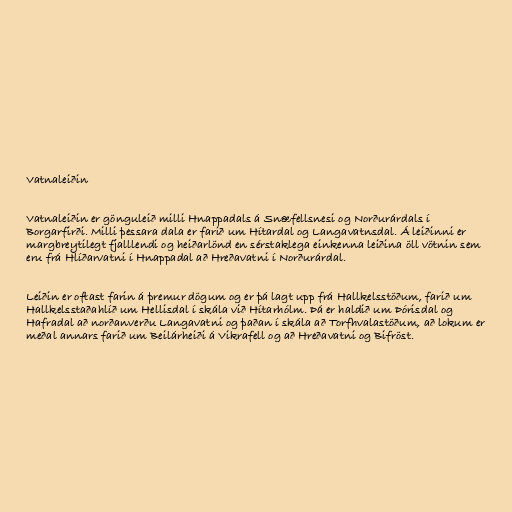
Vatnaleiðin

Vatnaleiðin er gönguleið milli Hnappadals á Snæfellsnesi og Norðurárdals í
Borgarfirði. Milli þessara dala er farið um Hítardal og Langa­vatnsdal. Á leiðinni er
margbreytilegt fjall­lendi og heiðarlönd en sérstaklega einkenna leiðina öll vötnin sem
eru frá Hlíðarvatni í Hnappadal að Hreðavatni í Norðurárdal.

Leiðin er oftast farin á þremur dögum og er þá lagt upp frá Hallkelsstöðum, farið um
Hallkelsstaðahlíð um Hellisdal í skála við Hítarhólm. Þá er haldið um Þórisdal og
Hafradal að norðanverðu Langavatni og þaðan í skála að Torfhvalastöðum, að lokum er
meðal annars farið um Beilárheiði á Vikrafell og að Hreðavatni og Bifröst.